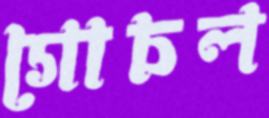
গোচল